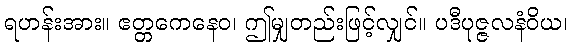
ရဟန်းအား။ ဧတ္တကေနေဝ၊ ဤမျှတည်းဖြင့်လျှင်။ ပဒီပုဇ္ဇလနံဝိယ၊